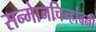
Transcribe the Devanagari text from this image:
सन्माेनचिन्हांबनी